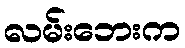
လမ်းဘေးက